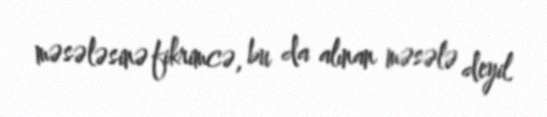
məsələsinə fikrimcə, bu da alınan məsələ deyil.